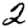
Digit: 2